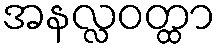
အနလ္လဝတ္ထာ